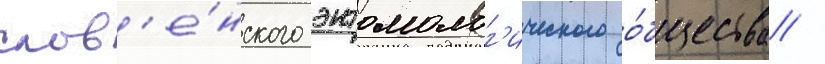
слов'е́нского энтомолог'ического о́бщества /